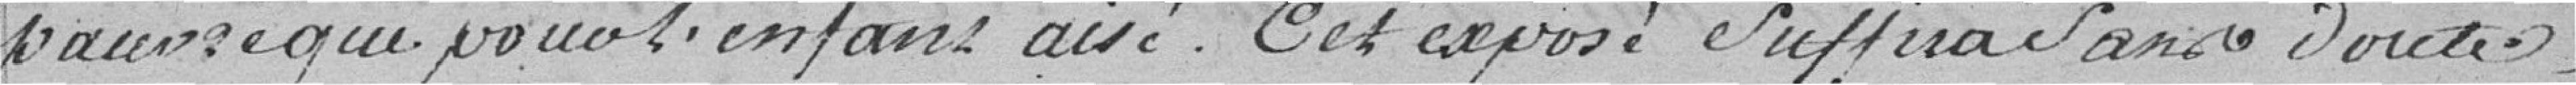
pauvre que pour l'enfant aisé. Cet exposé suffira sans doute